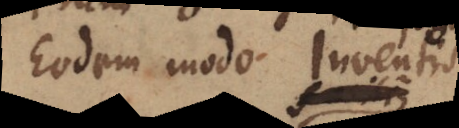
Eodem modo Inventis